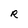
Character: R